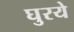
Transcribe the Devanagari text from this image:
घुरये